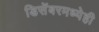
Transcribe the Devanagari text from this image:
डिसेंबरमध्येही